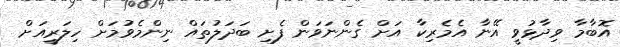
އޮބާމާ ވިދާޅުވީ އޭނާ އެމެރިކާ އަށް ގެންނަވަން ފެށި ބަދަލުތައް ނިންމެވުމަށް ހިލަރީއަށް